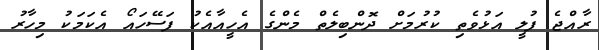
ރާއްޖެ ފުލީ އަޅުވެތި ކުރުމަށް ދޮންބިލެތް މެންގެ އެހީއާއެކު ފަސޭހައޯ އެކަމަކު މިހާރު